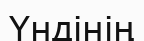
Үндінің